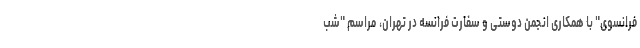
فرانسوی" با همکاری انجمن دوستی و سفارت فرانسه در تهران، مراسم "شب